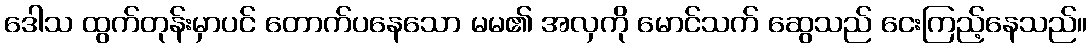
ဒေါသ ထွက်တုန်းမှာပင် တောက်ပနေသော မမ၏ အလှကို မောင်သက် ဆွေသည် ငေးကြည့်နေသည်။